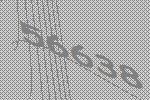
56638